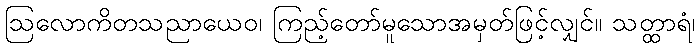
ဩလောကိတသညာယေဝ၊ ကြည့်တော်မူသောအမှတ်ဖြင့်လျှင်။ သတ္ထာရံ၊